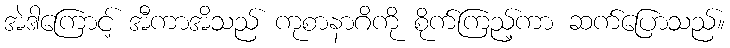
အဲဒါကြောင့် အီကာအိသည် ကုစာနာဂိကို စိုက်ကြည့်ကာ ဆက်ပြောသည်။